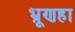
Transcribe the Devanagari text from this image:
भ्रूणहा